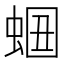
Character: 𧋡